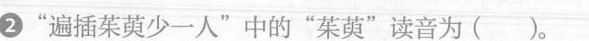
②”遍插茱萸少一人”中的”茱萸”读音为( )。